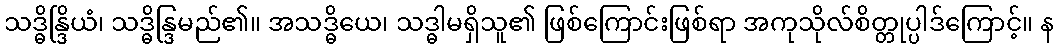
သဒ္ဓိန္ဒြိယံ၊ သဒ္ဓိန္ဒြမည်၏။ အသဒ္ဓိယေ၊ သဒ္ဓါမရှိသူ၏ ဖြစ်ကြောင်းဖြစ်ရာ အကုသိုလ်စိတ္တုပ္ပါဒ်ကြောင့်။ န